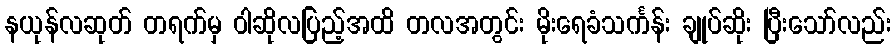
နယုန်လဆုတ် တရက်မှ ဝါဆိုလပြည့်အထိ တလအတွင်း မိုးရေခံသင်္ကန်း ချုပ်ဆိုး ပြီးသော်လည်း